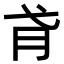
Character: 𢎀